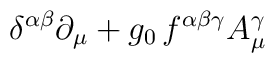
\delta ^{\alpha \beta }\partial _{\mu }+g_{0}\, f^{\alpha \beta \gamma }A_{\mu }^{\gamma }